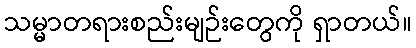
သမ္မာတရားစည်းမျဉ်းတွေကို ရှာတယ်။